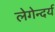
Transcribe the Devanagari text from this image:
लेगेन्दर्य